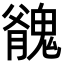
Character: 𩳬